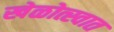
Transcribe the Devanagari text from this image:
खेळोत्स्वात